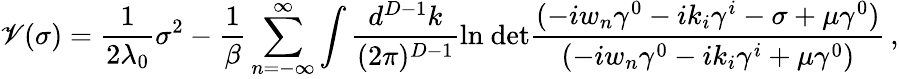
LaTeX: \mathscr{V}(\sigma)=\frac{{1}}{{2\lambda_{0}}}\sigma^{2}-\frac{{1}}{{\beta}}\sum_{n=-\infty}^{\infty}\int\frac{{d^{D-1}k}}{{(2\pi)^{D-1}}}\mathrm{{ln~det}}\frac{{(-iw_{n}\gamma^{0}-ik_{i}\gamma^{i}-\sigma+\mu\gamma^{0})}}{{(-iw_{n}\gamma^{0}-ik_{i}\gamma^{i}+\mu\gamma^{0})}}\, ,